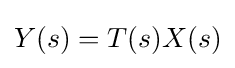
Y(s)=T(s)X(s)